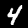
Digit: 4